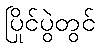
ပြိုင်ပွဲတွင်